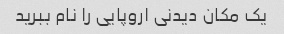
یک مکان دیدنی اروپایی را نام ببرید